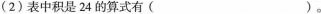
(2)表中积是24的算式有( )。